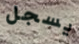
يسجل